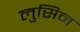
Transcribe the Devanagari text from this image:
लुसिन